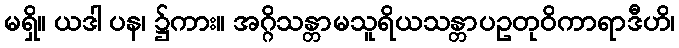
မရှိ။ ယဒါ ပန၊ ၌ကား။ အဂ္ဂိသန္တာမသူရိယသန္တာပဥတုဝိကာရာဒီဟိ၊